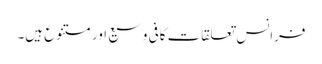
فرانس تعلقات کافی وسیع اور متنوع ہیں۔